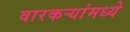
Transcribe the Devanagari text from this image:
वारकर्‍यांमध्ये